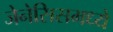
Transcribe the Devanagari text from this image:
जेनेसिसमध्ये